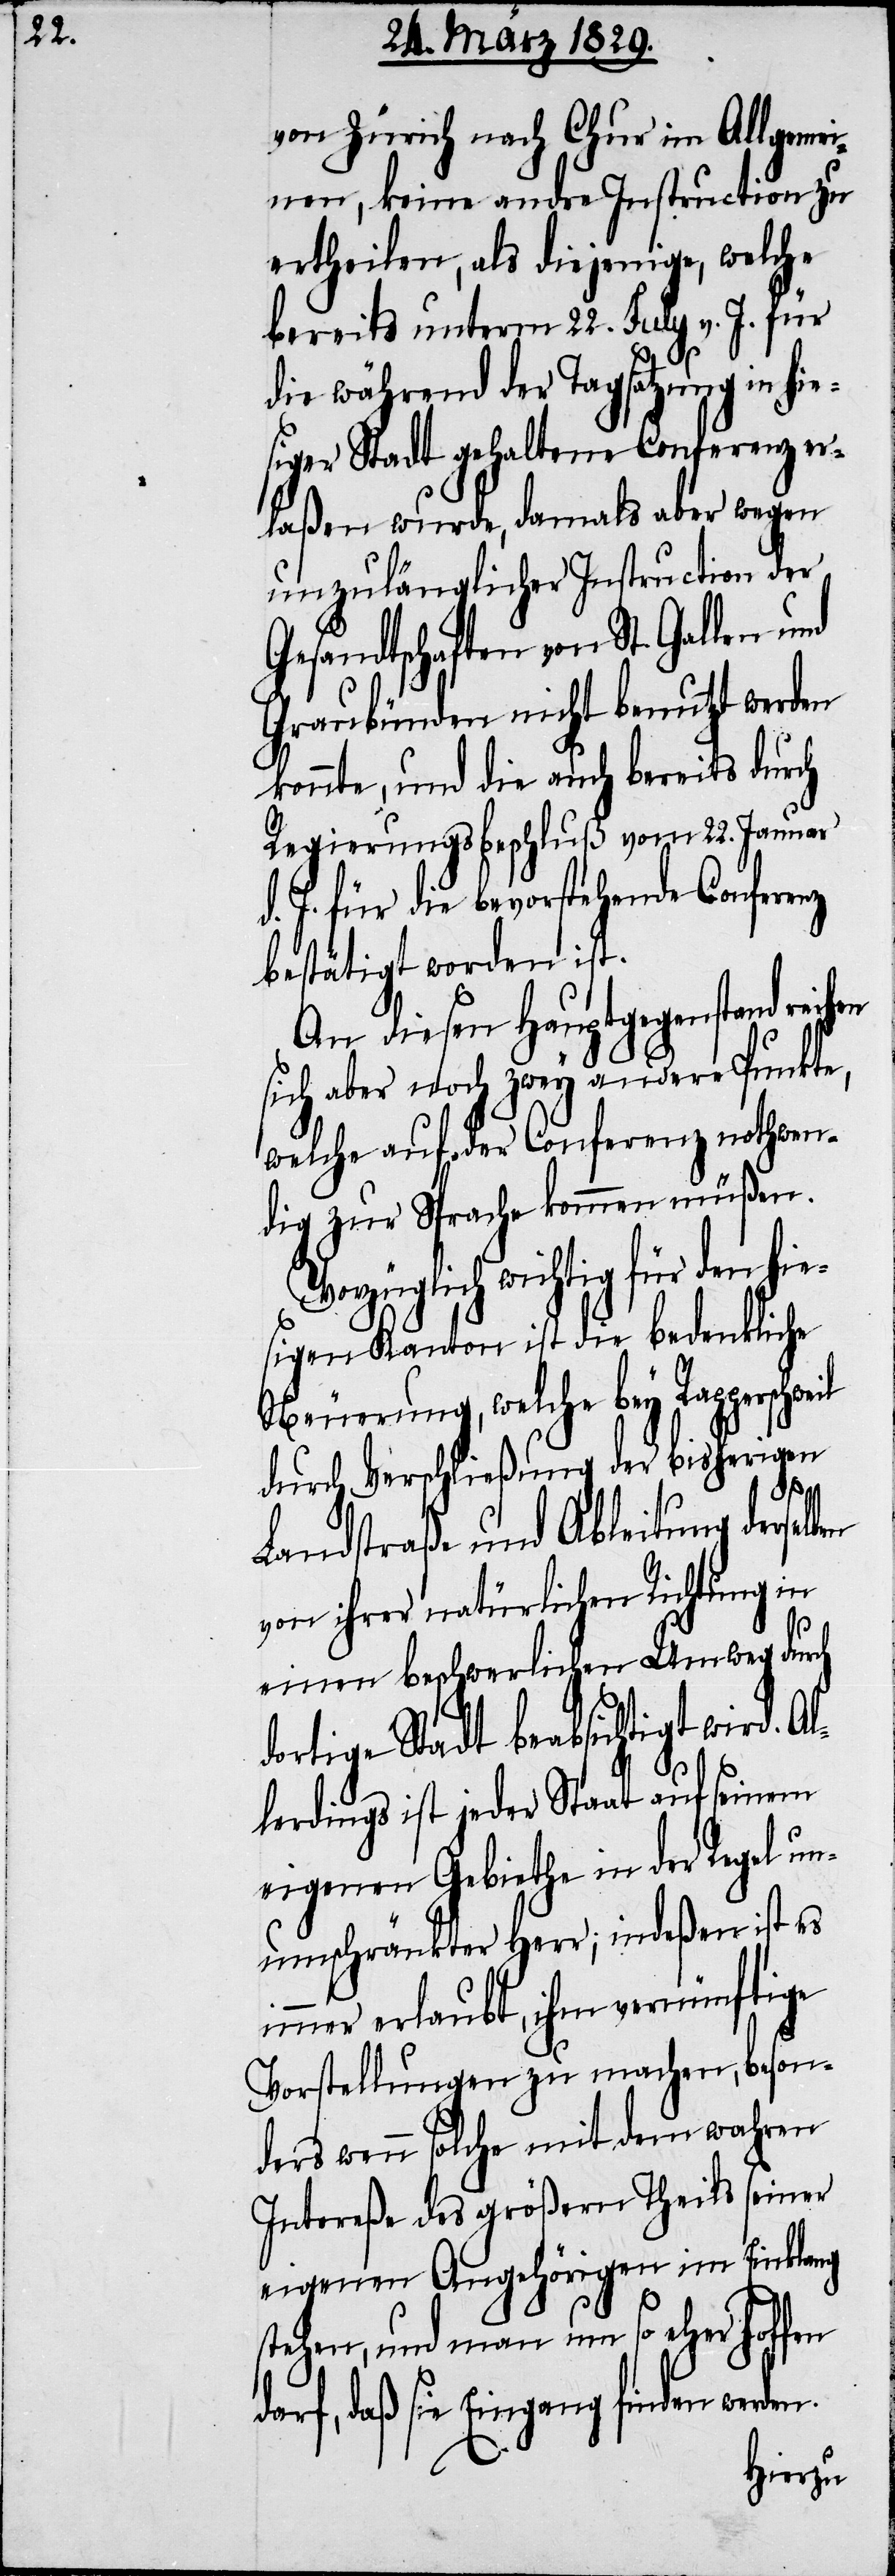
von Zürich nach Chur im Allgeme¬
inen, keine andre Instruction zu
ertheilen, als diejenige, welche
bereits unterm 22. July v. J. für
die während der Tagsatzung in hie¬
siger Stadt gehaltene Conferenz er¬
laßen wurde, damals aber wegen
unzulänglicher Instruction der
Gesandtschaften von St. Gallen und
Graubünden nicht benutzt werden
konnte, und die auch bereits durch
Regierungsbeschluß vom 22. Januar
d. J. die bevorstehende Conferenz
bestätigt worden ist.
An diesem Hauptgegenstand
sich aber noch zwey andere Punkte,
welche auf der Conferenz nothwen¬
dig zur Sprache kommen müßen.
Vorzüglich wichtig für den hie¬
sigen Kanton ist die bedenkliche
Neuerung, welche bey Rapperschweil
durch Verschließung der bisherigen
n.
Landstraße und Ableitung derse¬
von ihrer natürlichen Richtung in
einen beschwerlichen Umweg dur¬
dortige Stadt beabsichtigt wird. Al¬
lerdings ist jeder Staat auf seinem
eigenen Gebiethe in der Regel un¬
umschränkter Herr; indeßen ist es
immer erlaubt, ihm vernünftige
Vorstellungen zu machen, beson¬
ders wenn solche mit dem wahren
Intereße des größern Theils seiner
eigenen Angehörigen im Einklang
stehen, und man um so eher hoffen
daß sie Eingang finden werde¬